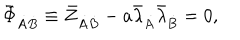
\bar { \Phi } _ { \dot { A } \dot { B } } \equiv \bar { Z } _ { \dot { A } \dot { B } } - a \bar { \lambda } _ { \dot { A } } \bar { \lambda } _ { \dot { B } } = 0 ,